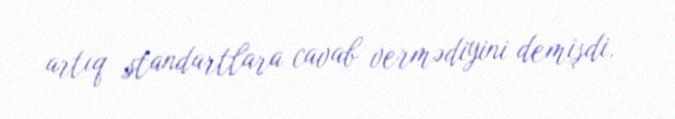
artıq standartlara cavab vermədiyini demişdi.